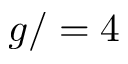
g / = 4